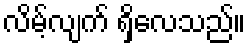
လိမ့်လျက် ရှိလေသည်။